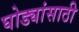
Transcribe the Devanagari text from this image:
घोड्यांसाठी